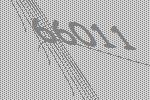
66011